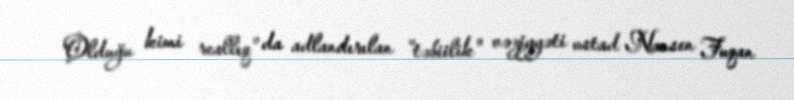
Olduğu kimi reallıq" da adlandırılan "təbiilik" vəziyyəti ustad Nansen Fuqan